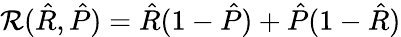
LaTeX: \mathcal{R}(\hat{R},\hat{P})=\hat{R}(1-\hat{P})+\hat{P}(1-\hat{R})